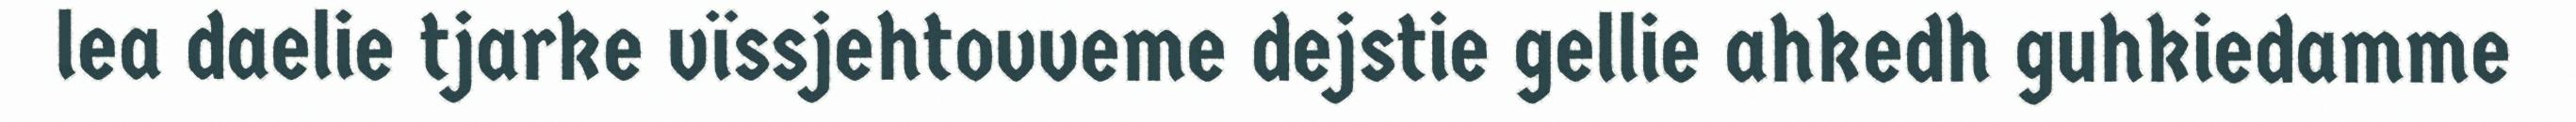
lea daelie tjarke vïssjehtovveme dejstie gellie ahkedh guhkiedamme